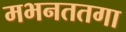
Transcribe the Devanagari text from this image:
मभनततगा